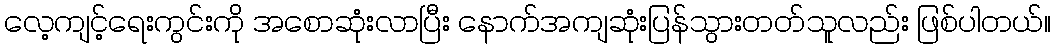
လေ့ကျင့်ရေးကွင်းကို အစောဆုံးလာပြီး နောက်အကျဆုံးပြန်သွားတတ်သူလည်း ဖြစ်ပါတယ်။